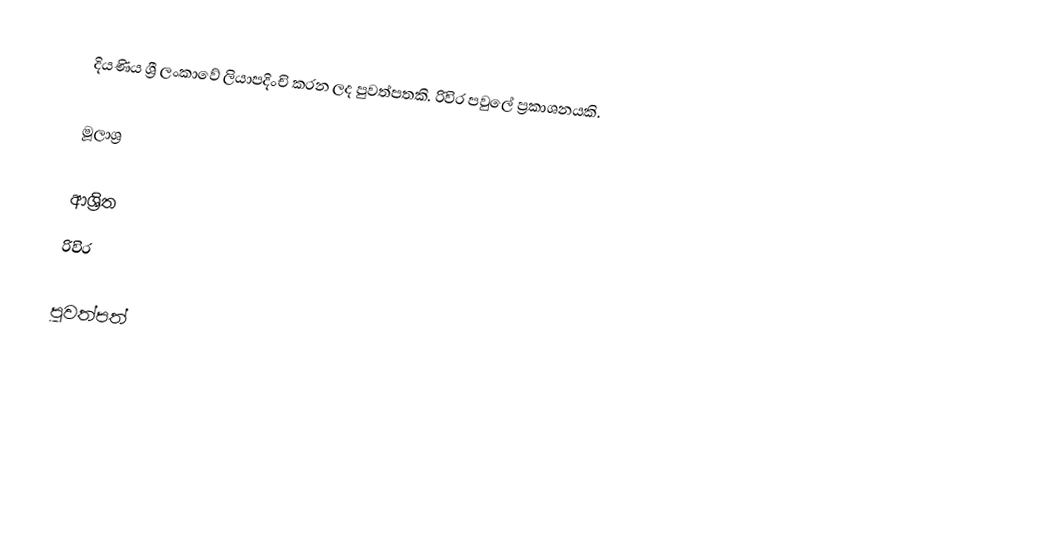
දියණිය ශ්‍රී ලංකාවේ ලියාපදිංචි කරන ලද පුවත්පතකි. රිවිර පවුලේ ප්‍රකාශනයකි.

මූලාශ්‍ර

ආශ්‍රිත
 රිවිර

පුවත්පත්